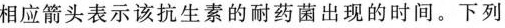
相应箭头表示该抗生素的耐药菌出现的时间。下列